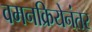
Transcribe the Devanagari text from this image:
वमनक्रियेनंतर